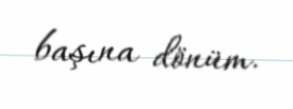
başına dönüm.